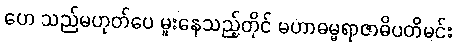
ဟေ သည်မဟုတ်ပေ မူးနေသည့်တိုင် မဟာဓမ္မရာဇာဓိပတိမင်း